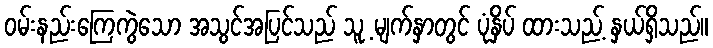
ဝမ်းနည်းကြေကွဲသော အသွင်အပြင်သည် သူ့ မျက်နှာတွင် ပုံနှိပ် ထားသည့် နှယ်ရှိသည်။